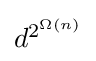
{\textstyle d^{2^{\Omega (n)}}}